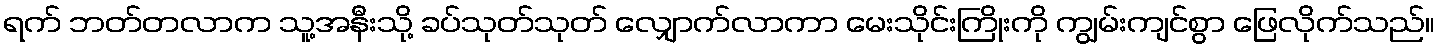
ရက် ဘတ်တလာက သူ့အနီးသို့ ခပ်သုတ်သုတ် လျှောက်လာကာ မေးသိုင်းကြိုးကို ကျွမ်းကျင်စွာ ဖြေလိုက်သည်။